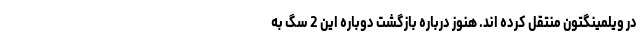
در ویلمینگتون منتقل کرده اند. هنوز درباره بازگشت دوباره این 2 سگ به